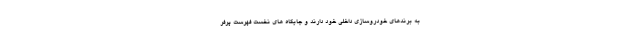
به برندهای خودروسازی داخلی خود دارند و جایگاه های نخست فهرست پرفر